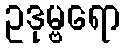
ဥဒုမ္ဗရော